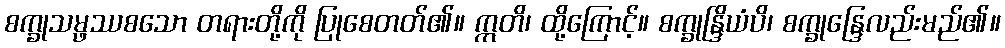
စက္ခုသမ္ဖဿစသော တရားတို့ကို ပြုစေတတ်၏။ ဣတိ၊ ထို့ကြောင့်။ စက္ခုန္ဒြိယံပိ၊ စက္ခုန္ဒြေလည်းမည်၏။